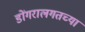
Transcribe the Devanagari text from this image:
डोंगरालगतच्या